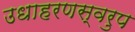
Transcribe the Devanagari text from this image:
उधाहरणस्वरुप